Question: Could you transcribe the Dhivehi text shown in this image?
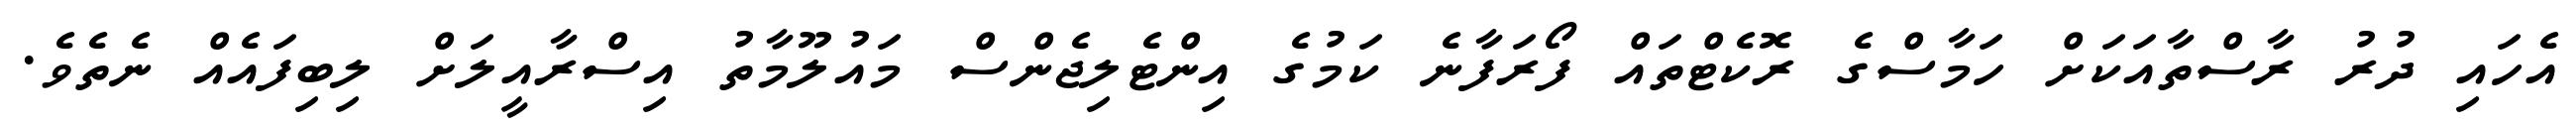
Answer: އެހައި ދުރު ރާސްތާއަކަށް ހަމާސްގެ ރޮކެޓްތައް ފޯރަފާނެ ކަމުގެ އިންޓެލިޖެންސް މައުލޫމާތު އިސްރާއީލަށް ލިބިފައެއް ނެތެވެ.